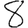
Digit: 8